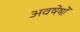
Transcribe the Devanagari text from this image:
अवषेषों